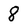
Character: 8